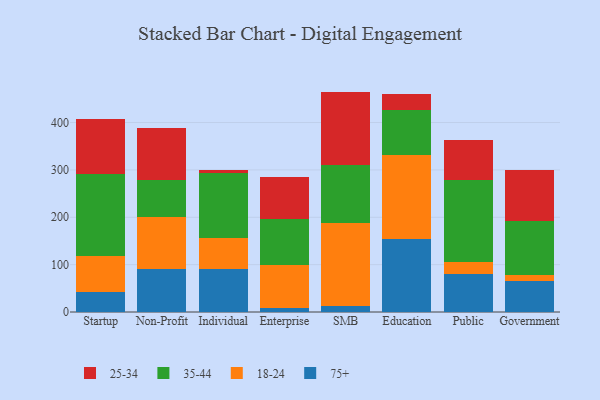
{"axis": {"x": "Segment", "y": "Bounce Rate (%)"}, "legend": ["18-24", "25-34", "35-44", "75+"], "data": [{"x": "Startup", "y": 41.3, "type": "75+"}, {"x": "Startup", "y": 76.8, "type": "18-24"}, {"x": "Startup", "y": 172.3, "type": "35-44"}, {"x": "Startup", "y": 117.5, "type": "25-34"}, {"x": "Non-Profit", "y": 90.6, "type": "75+"}, {"x": "Non-Profit", "y": 110.5, "type": "18-24"}, {"x": "Non-Profit", "y": 78.2, "type": "35-44"}, {"x": "Non-Profit", "y": 109.2, "type": "25-34"}, {"x": "Individual", "y": 91.2, "type": "75+"}, {"x": "Individual", "y": 65.1, "type": "18-24"}, {"x": "Individual", "y": 136.7, "type": "35-44"}, {"x": "Individual", "y": 6.3, "type": "25-34"}, {"x": "Enterprise", "y": 7.7, "type": "75+"}, {"x": "Enterprise", "y": 91.7, "type": "18-24"}, {"x": "Enterprise", "y": 97.5, "type": "35-44"}, {"x": "Enterprise", "y": 87.6, "type": "25-34"}, {"x": "SMB", "y": 12.9, "type": "75+"}, {"x": "SMB", "y": 174.2, "type": "18-24"}, {"x": "SMB", "y": 122.3, "type": "35-44"}, {"x": "SMB", "y": 155.9, "type": "25-34"}, {"x": "Education", "y": 153.2, "type": "75+"}, {"x": "Education", "y": 179.1, "type": "18-24"}, {"x": "Education", "y": 94.7, "type": "35-44"}, {"x": "Education", "y": 32.5, "type": "25-34"}, {"x": "Public", "y": 80.2, "type": "75+"}, {"x": "Public", "y": 24.5, "type": "18-24"}, {"x": "Public", "y": 174.1, "type": "35-44"}, {"x": "Public", "y": 83.8, "type": "25-34"}, {"x": "Government", "y": 66.4, "type": "75+"}, {"x": "Government", "y": 11.7, "type": "18-24"}, {"x": "Government", "y": 113.2, "type": "35-44"}, {"x": "Government", "y": 108.5, "type": "25-34"}]}